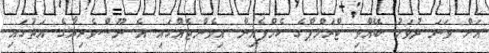
އަށް ވަނަ ދުވަހު ބޭއްވި ޓްރަމްޕްގެ ކެމްޕެއިން އިވެންޓެއްގައި އެ ނޫސްވެރިޔާގެ އަތުގައި